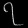
Digit: ၇